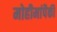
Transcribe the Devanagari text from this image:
मोहीमांपैकी